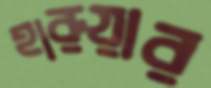
হারুয়ার